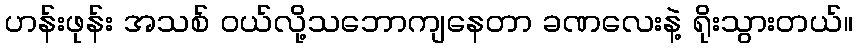
ဟန်းဖုန်း အသစ် ဝယ်လို့သဘောကျနေတာ ခဏလေးနဲ့ ရိုးသွားတယ်။